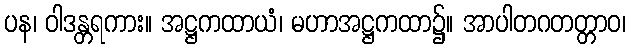
ပန၊ ဝါဒန္တရကား။ အဋ္ဌကထာယံ၊ မဟာအဋ္ဌကထာ၌။ အာပါတဂတတ္တာဝ၊